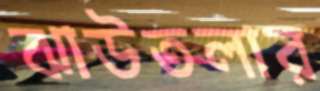
ঝাউতলার